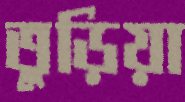
তুড়িয়া